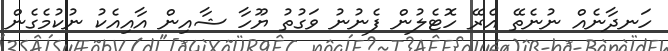
ހަނދާނެއް ނުނެތޭ އެރޭ ހޮޓެލުން ފެނުނު ވަގުތު ޔޫހާ ޝާއިން އާއިއެކު ނުކުމެގެން